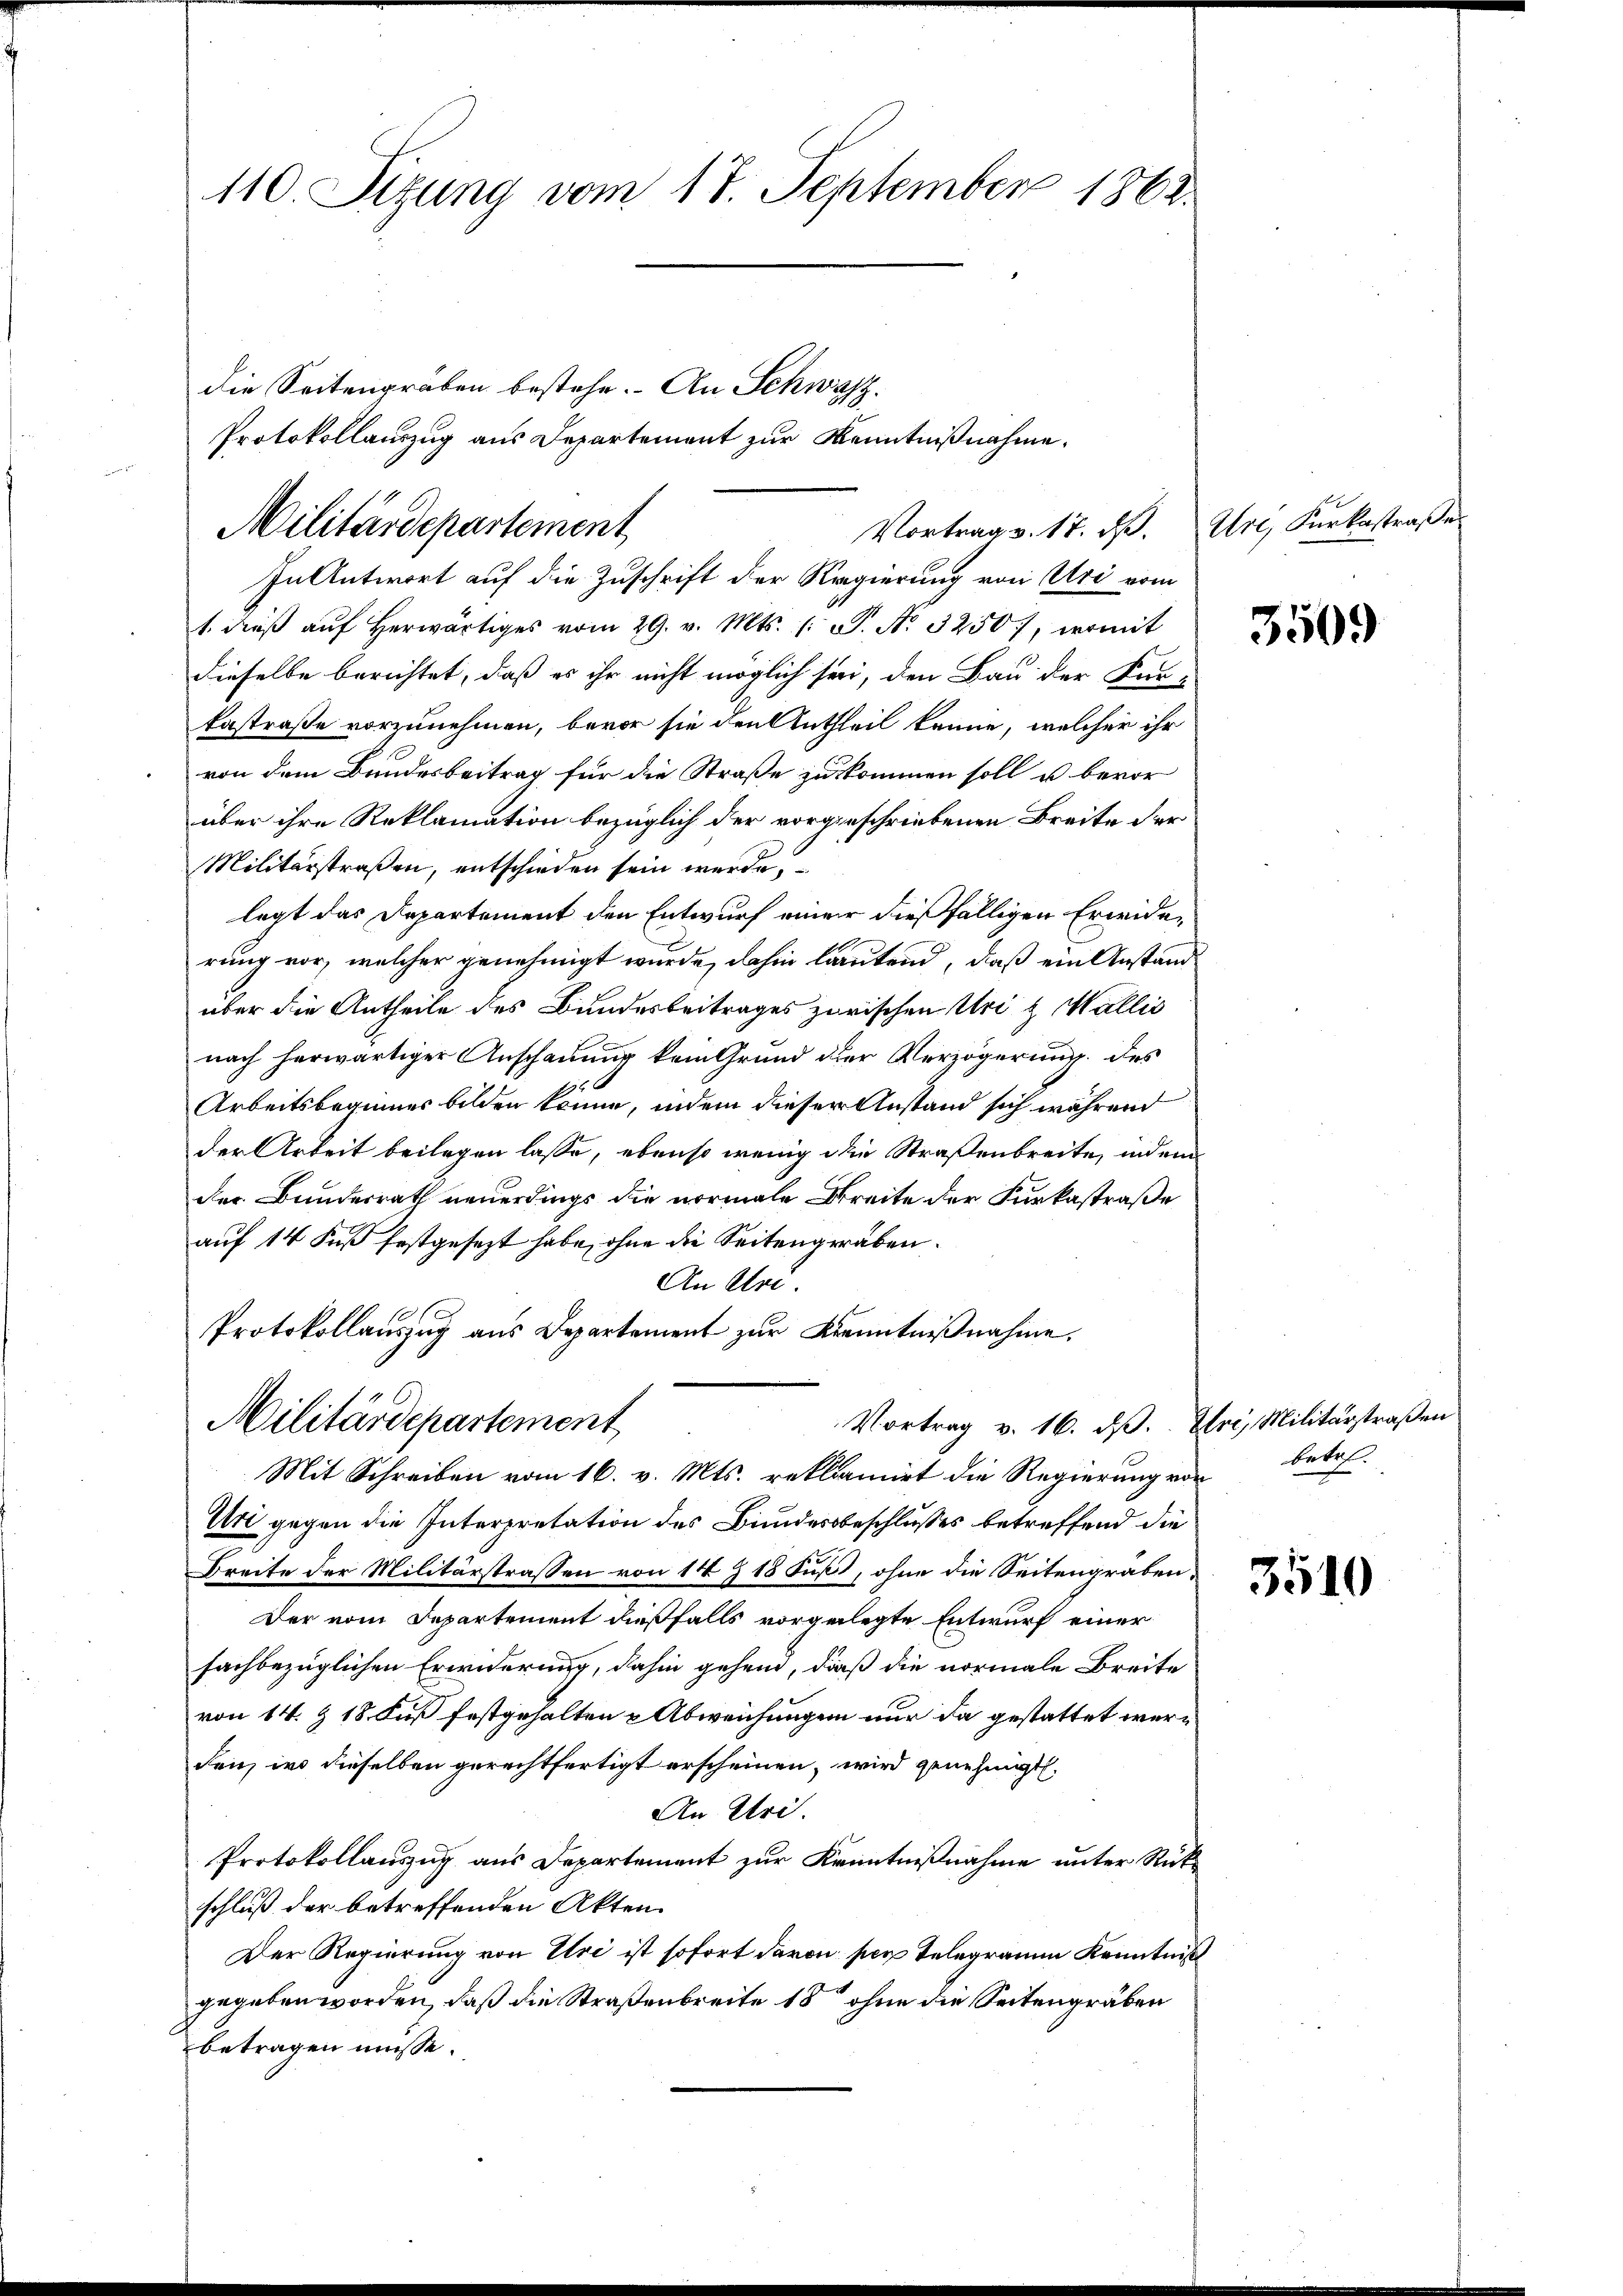
110. Sizung vom 17. September 1862.

die Seitengräben bestehe. An Schwarz,
Protokollauszug aus Departement zur Kenntnißnahme.

Vortrag v. 17. d. Uri, Karkastraße
Militärdepartement
In Antwort auf die Zuschrift der Regierung von Uri vom

1. dieβ aŭf herwärtiges vom 29. v. Mts. (: S. Nr. 3250, womit
dieselbe berichtet, daß es ihr nicht möglich sei, den Bau der Fun-
Enstraße vorzunehmen, bevor sie den Antheil kenne, welcher ihr
von dem Bundesbeitrag für die Straße zu kommen soll u bevor
über ihre Reklamation bezüglich der vorgeschriebenen Breite der
Militärstraßen, entschieden sein werde,
legt das Departement den Entwurf einer dießfälligen Erwiderung vor, welcher genehmigt wurde, dahin lautend, daß ein Anstand
über die Antheile des Bundesbeitrages zerischen Uri & Wallis
nach herwärtiger Anschauung kein Grund der Verzögerung des
Arbeitsbeginner bilden könne, indem dieser Anstand sich während
der Arbeit beilegen lasse, ebenso wenig die Straßenbreite, indem
der Bundesrath neuerdings die normale Streite der Furkastraße
auf 14 Fuß festgesezt habe, ohne die Seitengeraben.
An Urt
,
Protokollauszug aus Departement zur Kenntnißnahme.

Vortrag v. 16. ds. Ztri, Militärstraßen
Militärdepartement

Mit Schreiben vom 16. v. Mts. reklamirt die Regierung von betr.
Uri gegen die Interpretation des Bundesbeschlußes betreffend die
Breite der Militärstrassen von 14 § 18 Fuß, ohne die Seitengraben,
Der vom Departement dießfalls vorgelegte Entwurf einer
sachbezüglichen Erwiderung, dahin gehend, dieß die normale Breite
von 14. § 18 Fuß festgehalten & Abweichungen nur da gestattet werden, wo dieselben gerechtfertigt erscheinen, wird genehmigt.
An Uri.
Protokollauszug aus Departement zur Kenntnißnahme unter Rückschluß der betreffenden Akten.
Der Regierung von Uri ist sofort davon per Telegramm Kenntniß
gegeben worden, daß die Straßenbreite 18 ohne die Seitengräben
betragen müsse.

3509

3510